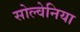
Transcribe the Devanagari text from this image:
सोल्वेनिया